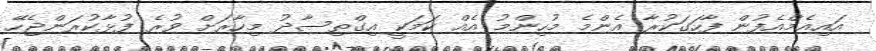
އައިއެމްއެފުން ފާހަގަކުރާ އެންމެ މުހިންމު އެއް ކަމަކީ އިގްތިސާދު މިހާރަށް ވުރެ ފުޅާކުރަންޖެހޭ